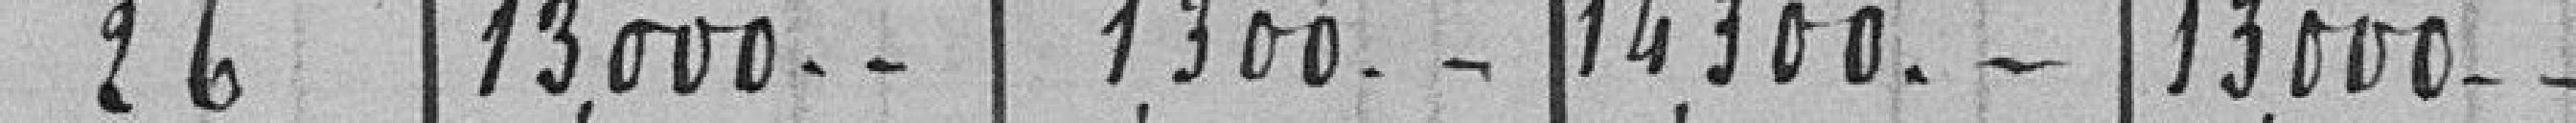
26 13.000 - - 1.300 - - 14.300 - - 13.000 - -